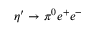
\eta ^ { \prime } \rightarrow \pi ^ { 0 } e ^ { + } e ^ { - }